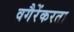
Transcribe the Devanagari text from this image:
वगैरेंकरता